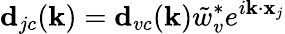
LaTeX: \textbf{d}_{jc}(\textbf{k})=\textbf{d}_{vc}(\textbf{k})\tilde{w}_{v}^{*}e^{i\textbf{k}\cdot\textbf{x}_{j}}